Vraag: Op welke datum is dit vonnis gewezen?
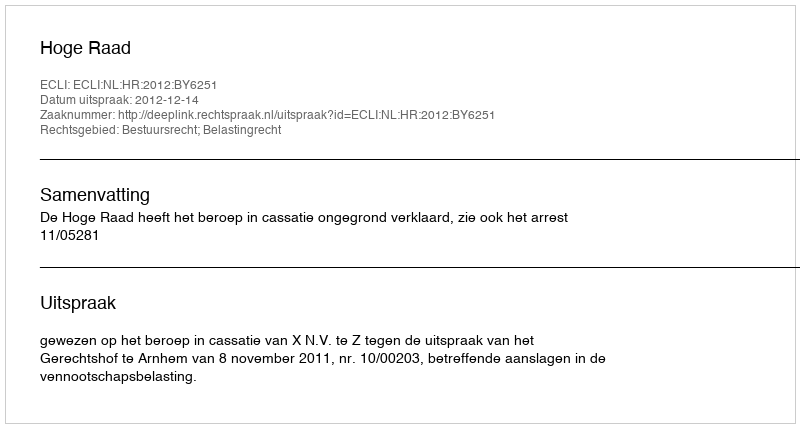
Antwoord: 2012-12-14